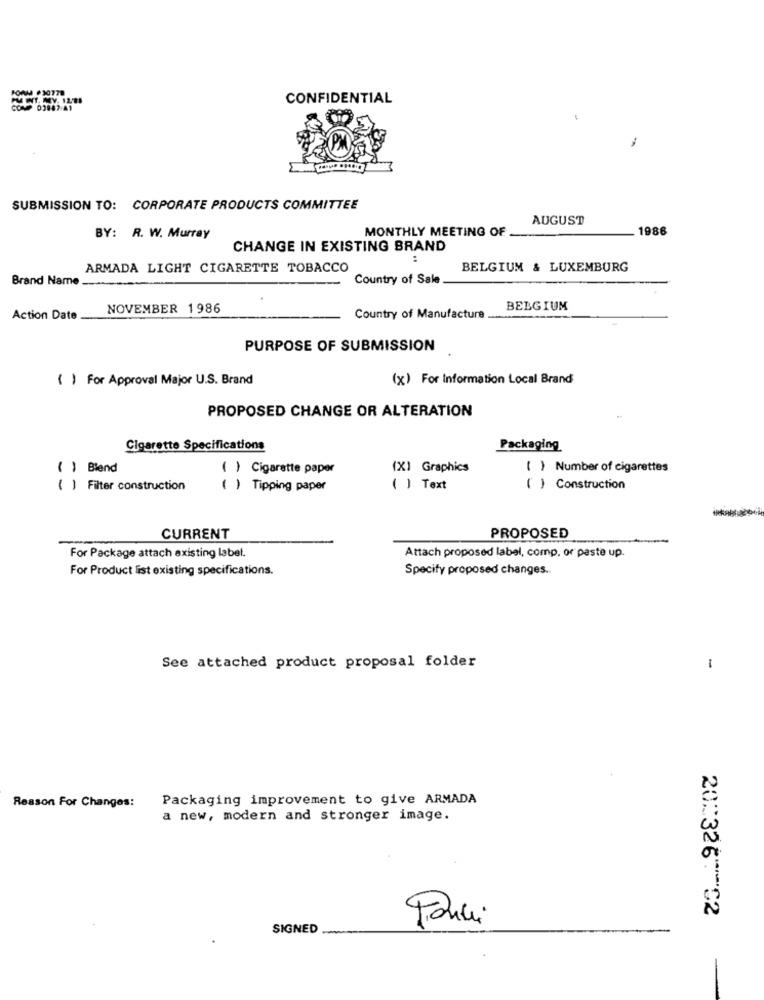
FORM .30779
CONFIDENTIAL
COMP 03847 A1
SUBMISSION TO: CORPORATE PRODUCTS COMMITTEE
AUGUST
MONTHLY MEETING OF
1986
BY: R. W. Murray
CHANGE IN EXISTING BRAND
:
ARMADA LIGHT CIGARETTE TOBACCO
BELGIUM & LUXEMBURG
Brand Name
Country of Sale
NOVEMBER 1986
BELGIUM
Action Date
Country of Manufacture
PURPOSE OF SUBMISSION
( ) For Approval Major U.S. Brand
(x) For Information Local Brand
PROPOSED CHANGE OR ALTERATION
Cigarette Specifications
Packaging
( ) Blend
( ) Cigarette paper
(X) Graphics
( ) Number of cigarettes
( ) Filter construction
( ) Tipping paper
( ) Text
( ) Construction
CURRENT
PROPOSED
For Package attach existing label.
Attach proposed label, comp, or paste up.
For Product list existing specifications.
Specify proposed changes.
See attached product proposal folder
-
Packaging improvement to give ARMADA
Reason For Changes:
a new, modern and stronger image.
20:326 02
Pauli
SIGNED